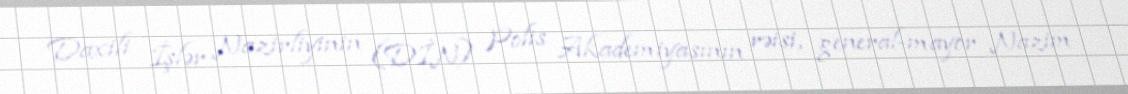
Daxili İşlər Nazirliyinin (DİN) Polis Akademiyasının rəisi, general-mayor Nazim